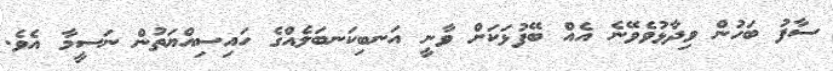
ސާފު ބަހުން ވިދާޅުވެވޭނެ އެއް ބޭފުޅަކަށް ވާނީ އަނބިކަނބަލެއްގެ ހައިސިއްޔަތުން ނަސީމާ އެވެ.